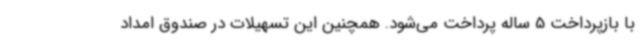
با بازپرداخت 5 ساله پرداخت می‌شود. همچنین این تسهیلات در صندوق امداد